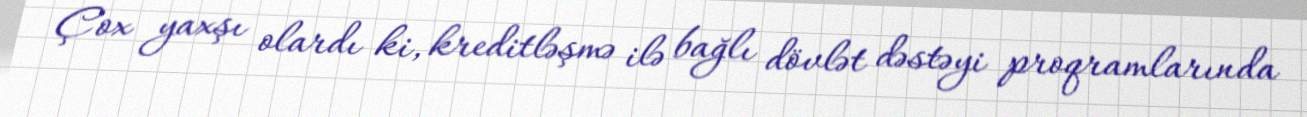
Çox yaxşı olardı ki, kreditləşmə ilə bağlı dövlət dəstəyi proqramlarında